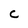
Character: C